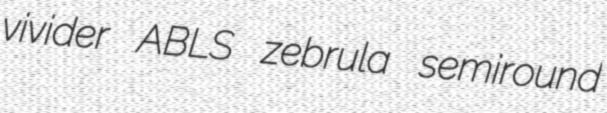
vivider ABLS zebrula semiround